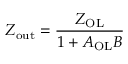
Z _ { \mathrm { o u t } } = { \frac { Z _ { \mathrm { O L } } } { 1 + A _ { \mathrm { O L } } B } }